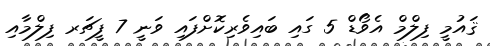
ޤައުމީ ފިލްމް އެވޯޑް 5 ގައި ބައިވެރިކޮށްފައި ވަނީ 7 ފީޗަރ ފިލްމާއި